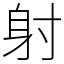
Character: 射